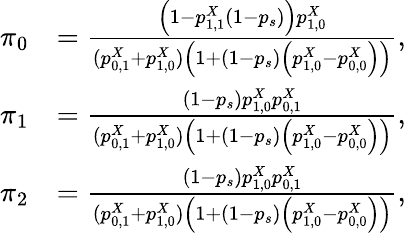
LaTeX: \begin{array}{rl}{\pi_{0}}&{=\frac{\left(1-p_{1,1}^{X}(1-p_{s})\right)p_{1,0}^{X}}{(p_{0,1}^{X}+p_{1,0}^{X})\left(1+(1-p_{s})\left(p_{1,0}^{X}-p_{0,0}^{X}\right)\right)},}\\ {\pi_{1}}&{=\frac{(1-p_{s})p_{1,0}^{X}p_{0,1}^{X}}{(p_{0,1}^{X}+p_{1,0}^{X})\left(1+(1-p_{s})\left(p_{1,0}^{X}-p_{0,0}^{X}\right)\right)},}\\ {\pi_{2}}&{=\frac{(1-p_{s})p_{1,0}^{X}p_{0,1}^{X}}{(p_{0,1}^{X}+p_{1,0}^{X})\left(1+(1-p_{s})\left(p_{1,0}^{X}-p_{0,0}^{X}\right)\right)},}\end{array}